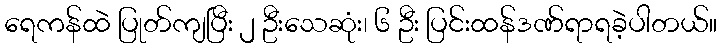
ရေကန်ထဲ ပြုတ်ကျပြီး ၂ ဦးသေဆုံး၊ ၆ ဦး ပြင်းထန်ဒဏ်ရာရခဲ့ပါတယ်။